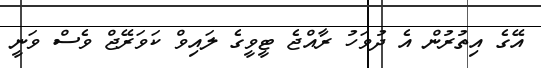
އޭގެ އިތުރުން އެ ދުވަހު ރާއްޖެ ޓީވީގެ ލައިވް ކަވަރޭޖް ވެސް ވަނީ